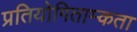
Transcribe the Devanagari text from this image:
प्रतियोगिताम्कता